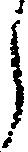
ら